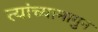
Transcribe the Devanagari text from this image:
त्यांच्यामागुन